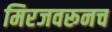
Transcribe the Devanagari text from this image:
मिरजवरूनच